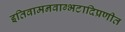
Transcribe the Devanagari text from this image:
इतिवामनवाग्भटादिप्रणीत